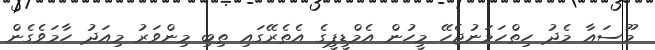
މޫސައާ މެދު ހިތްހަމަނުޖެހޭ މީހުން އެމްޑީޕީގެ އެތެރޭގައި ތިބި މިންވަރު މިއަދު ހާމަވެގެން